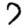
Digit: 7